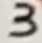
Text: 3